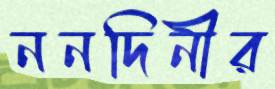
ননদিনীর